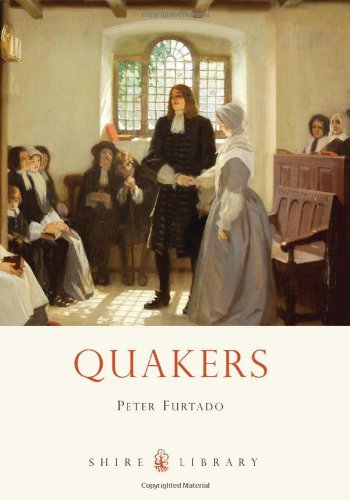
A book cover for Quakers (Shire Library); Peter Furtado; Christian Books & Bibles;